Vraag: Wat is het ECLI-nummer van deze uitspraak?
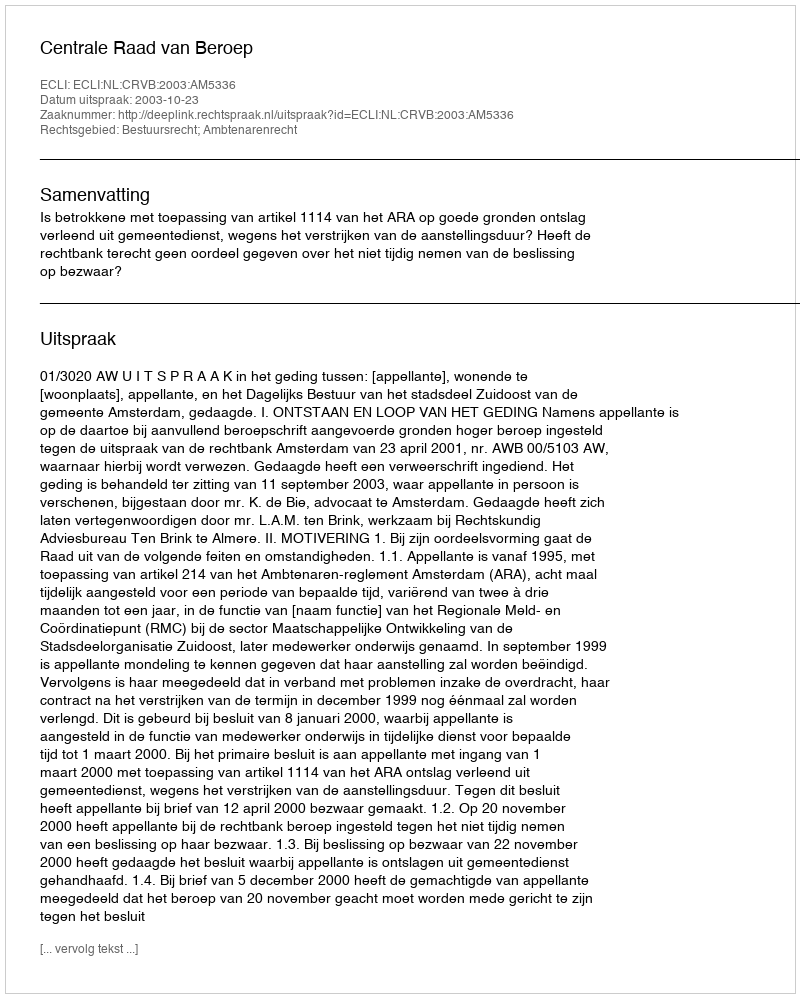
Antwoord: ECLI:NL:CRVB:2003:AM5336